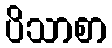
ပိသာစာ